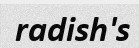
radish's